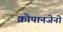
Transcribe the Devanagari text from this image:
क्रोपानजेनो